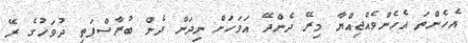
އެހެންތަ އެހެންވެއްޖިއްޔާ މިރޭ ދެންދޭ އަވަހަށް ނިދަން ދެން ބުރާސްފަތި ދުވަހުގެ ރޭ